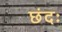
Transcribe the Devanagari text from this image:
छंदः